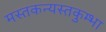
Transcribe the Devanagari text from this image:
मस्तकन्यस्तकुम्भा